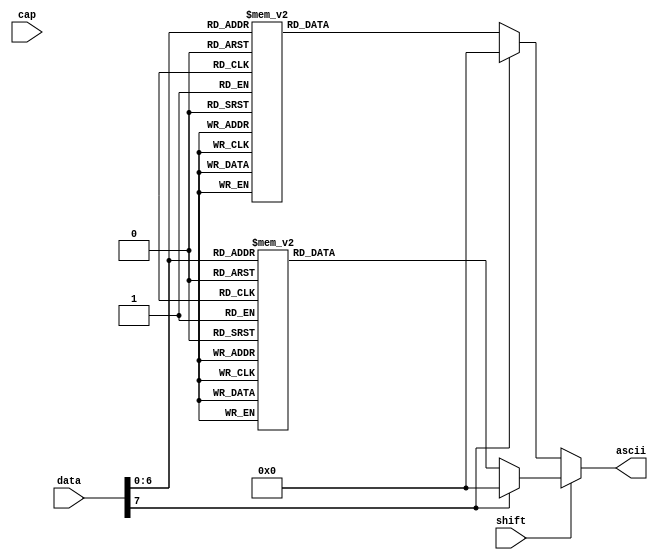
module data_2_asc(cap, shift, data, ascii);
    input shift, cap;
    input [7:0] data;
    output reg [7:0] ascii;
    reg [7:0] ascii_no_shift, ascii_shift;
	/* 
reg [7:0] asc[255:0];
reg [7:0] shi[255:0];
initial
begin
	 //$readmemh("F:/quartus/keyboard/ascii.txt", asc, 0, 255); 
	 $readmemh ("ascii.txt", asc, 0, 255);
	 $readmemh ("shift.txt", shi, 0, 255);	 
end
	*/ 
    always @* begin
        ascii = shift ? ascii_shift : ascii_no_shift;
    end
	/* always @*
begin
   if (data != 8'hff && data != 8'h00)begin
	ascii_no_shift = asc[data];
	ascii_shift = shi[data];
	end
	else begin
	ascii_no_shift = 8'h00;
	ascii_shift = 8'h00;
	end
end */


    always @* begin
        case(data)
            //alphabet
            8'h1c:  ascii_no_shift = 8'h61;
            8'h32:  ascii_no_shift = 8'h62;
            8'h21:  ascii_no_shift = 8'h63;
            8'h23:  ascii_no_shift = 8'h64;
            8'h24:  ascii_no_shift = 8'h65;
            8'h2b:  ascii_no_shift = 8'h66;
            8'h34:  ascii_no_shift = 8'h67;
            8'h33:  ascii_no_shift = 8'h68;
            8'h43:  ascii_no_shift = 8'h69;
            8'h3b:  ascii_no_shift = 8'h6a;
            8'h42:  ascii_no_shift = 8'h6b;
            8'h4b:  ascii_no_shift = 8'h6c;
            8'h3a:  ascii_no_shift = 8'h6d;
            8'h31:  ascii_no_shift = 8'h6e;
            8'h44:  ascii_no_shift = 8'h6f;
            8'h4d:  ascii_no_shift = 8'h70;
            8'h15:  ascii_no_shift = 8'h71;
            8'h2d:  ascii_no_shift = 8'h72;
            8'h1b:  ascii_no_shift = 8'h73;
            8'h2c:  ascii_no_shift = 8'h74;
            8'h3c:  ascii_no_shift = 8'h75;
            8'h2a:  ascii_no_shift = 8'h76;
            8'h1d:  ascii_no_shift = 8'h77;
            8'h22:  ascii_no_shift = 8'h78;
            8'h35:  ascii_no_shift = 8'h79;
            8'h1a:  ascii_no_shift = 8'h7a;
            //number from 0 to 9
            8'h45:  ascii_no_shift = 8'h30;
            8'h16:  ascii_no_shift = 8'h31;
            8'h1e:  ascii_no_shift = 8'h32;
            8'h26:  ascii_no_shift = 8'h33;
            8'h25:  ascii_no_shift = 8'h34;
            8'h2e:  ascii_no_shift = 8'h35;
            8'h36:  ascii_no_shift = 8'h36;
            8'h3d:  ascii_no_shift = 8'h37;
            8'h3e:  ascii_no_shift = 8'h38;
            8'h46:  ascii_no_shift = 8'h39;
            8'h29:  ascii_no_shift = 8'h20; // empty space
            8'h66:  ascii_no_shift = 8'h08; //backspace
            8'h5a:  ascii_no_shift = 8'h0d; //enter
            8'h0d:  ascii_no_shift = 8'h09; // tab
            8'h76:  ascii_no_shift = 8'h1b; // esc
            8'h54:  ascii_no_shift = 8'h5b; // [
            8'h5b:  ascii_no_shift = 8'h5d; // ]
            8'h4c:  ascii_no_shift = 8'h3b; // ;
            8'h52:  ascii_no_shift = 8'h27; // '
            8'h41:  ascii_no_shift = 8'h2c; // ,
            8'h49:  ascii_no_shift = 8'h2e; // .
            8'h4a:  ascii_no_shift = 8'h2f; // /
            8'h55:  ascii_no_shift = 8'h3d;// =
            8'h4e:  ascii_no_shift = 8'h2d;// -
            8'h5d:  ascii_no_shift = 8'h5c;// \ 
            8'h0e:  ascii_no_shift = 8'h60; // `
            default: ascii_no_shift = 8'h00;
        endcase
    end

    always @* begin
        case(data)
            8'h1c:  ascii_shift = 8'h41;
            8'h32:  ascii_shift = 8'h42;
            8'h21:  ascii_shift = 8'h43;
            8'h23:  ascii_shift = 8'h44;
            8'h24:  ascii_shift = 8'h45;
            8'h2b:  ascii_shift = 8'h46;
            8'h34:  ascii_shift = 8'h47;
            8'h33:  ascii_shift = 8'h48;
            8'h43:  ascii_shift = 8'h49;
            8'h3b:  ascii_shift = 8'h4a;
            8'h42:  ascii_shift = 8'h4b;
            8'h4b:  ascii_shift = 8'h4c;
            8'h3a:  ascii_shift = 8'h4d;
            8'h31:  ascii_shift = 8'h4e;
            8'h44:  ascii_shift = 8'h4f;
            8'h4d:  ascii_shift = 8'h50;
            8'h15:  ascii_shift = 8'h51;
            8'h2d:  ascii_shift = 8'h52;
            8'h1b:  ascii_shift = 8'h53;
            8'h2c:  ascii_shift = 8'h54;
            8'h3c:  ascii_shift = 8'h55;
            8'h2a:  ascii_shift = 8'h56;
            8'h1d:  ascii_shift = 8'h57;
            8'h22:  ascii_shift = 8'h58;
            8'h35:  ascii_shift = 8'h59;
            8'h1a:  ascii_shift = 8'h5a;
            8'h16:  ascii_shift = 8'h21;//!
            8'h1e:  ascii_shift = 8'h40;//@
            8'h26:  ascii_shift = 8'h23;//#
            8'h25:  ascii_shift = 8'h24;//$
            8'h2e:  ascii_shift = 8'h25;//%
            8'h36:  ascii_shift = 8'h5e;//^
            8'h3d:  ascii_shift = 8'h26;//&
            8'h3e:  ascii_shift = 8'h2a;//*
            8'h46:  ascii_shift = 8'h28;//(
            8'h45:  ascii_shift = 8'h29;//)
            8'h54:  ascii_shift = 8'h7b; // {
            8'h5b:  ascii_shift = 8'h7d; // }
            8'h4c:  ascii_shift = 8'h3a;// :
            8'h52:  ascii_shift = 8'h22;// "
            8'h41:  ascii_shift = 8'h3c;// <
            8'h49:  ascii_shift = 8'h3e;// >
            8'h4a:  ascii_shift = 8'h3f;// ?
            8'h0e:  ascii_shift = 8'h7e;// ~
            8'h5d:  ascii_shift = 8'h7c;// |
            8'h55:  ascii_shift = 8'h2b; // +
            8'h4e:  ascii_shift = 8'h5f; // _
            default: ascii_shift = 8'h00;
    endcase
end
endmodule